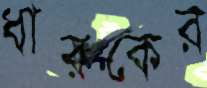
ধারকের